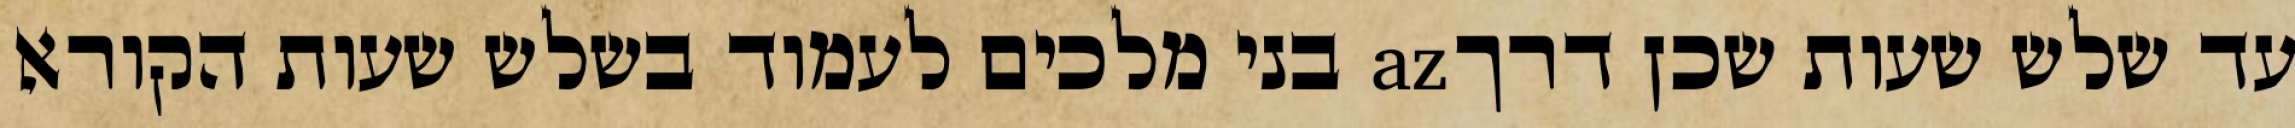
עד שלש שעות שכן דרךaz בני מלכים לעמוד בשלש שעות הקורא